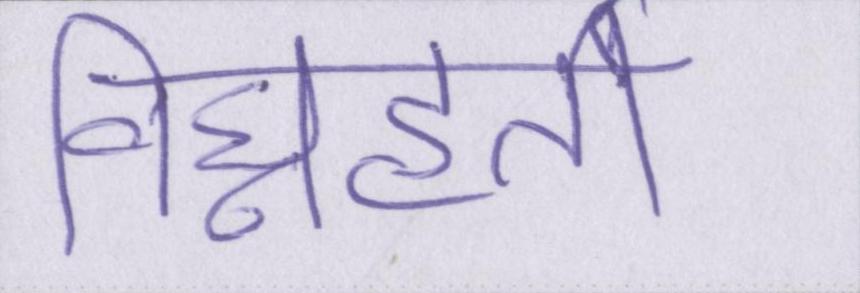
विघ्नहर्ता